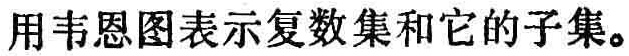
用韦恩图表示复数集和它的子集。